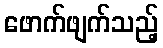
ဖောက်ဖျက်သည့်